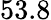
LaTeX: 53.8